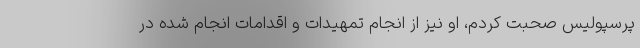
پرسپولیس صحبت کردم، او نیز از انجام تمهیدات و اقدامات انجام شده در